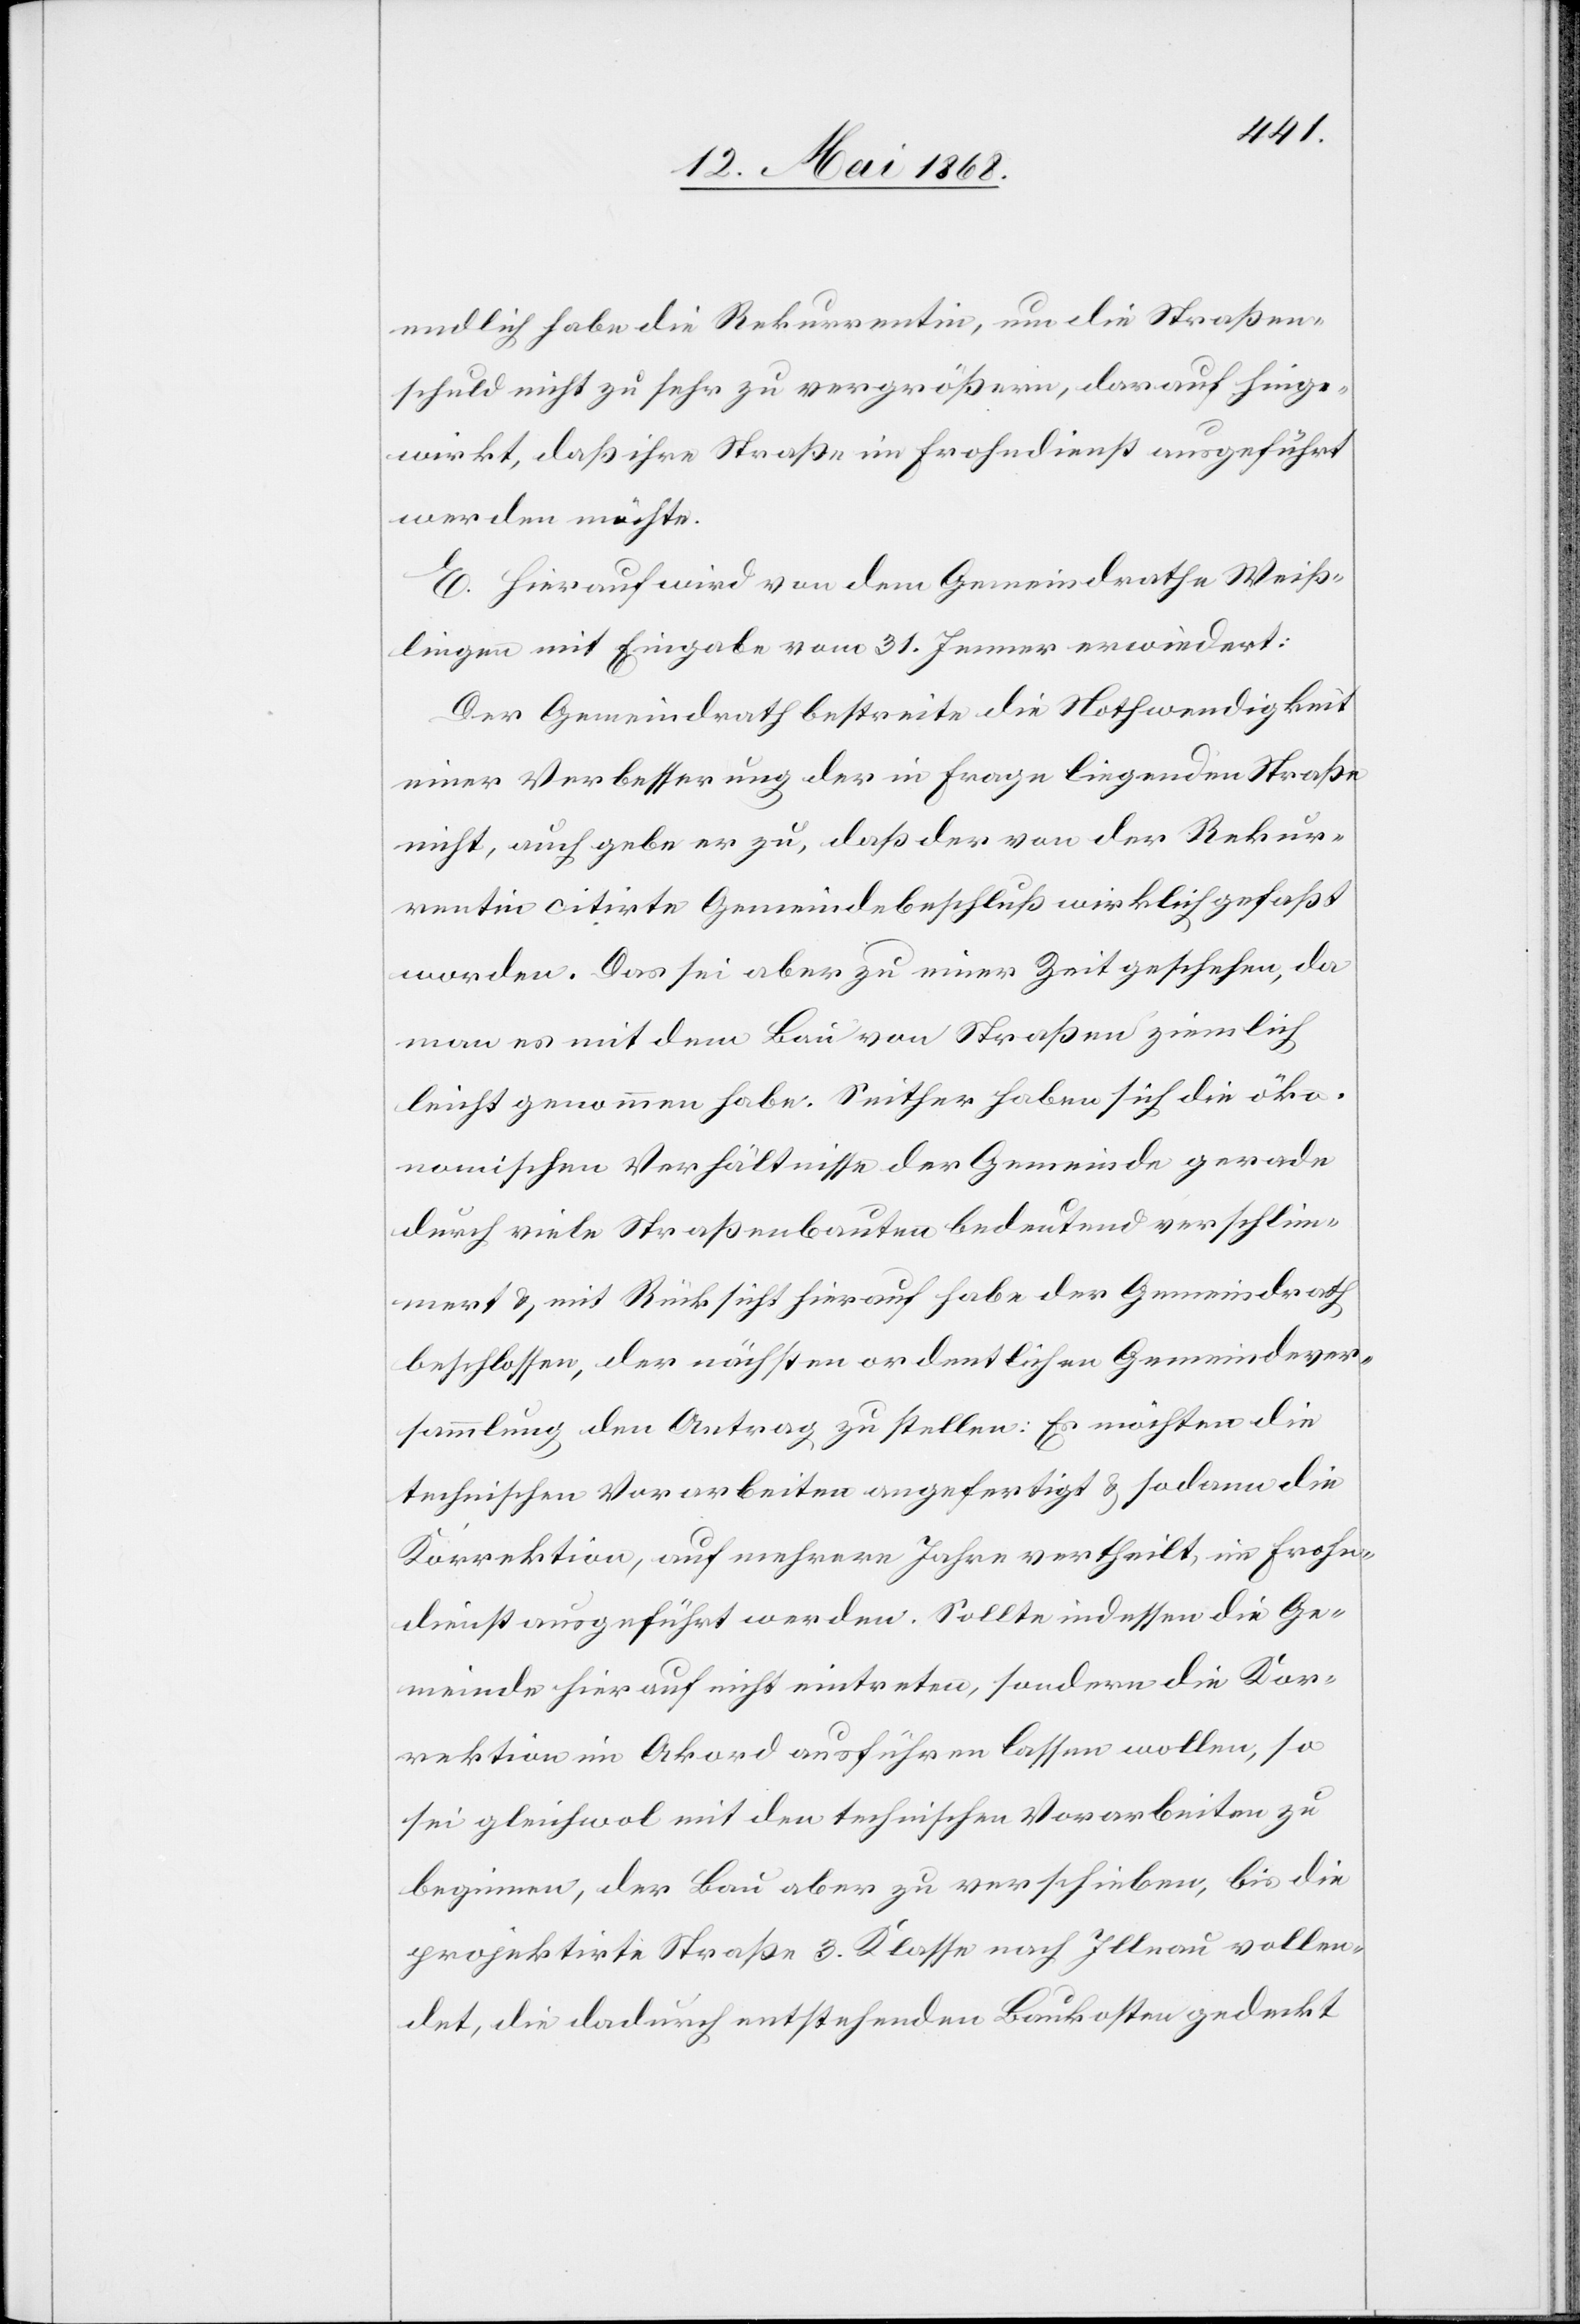
endlich habe die Rekurrentin, um die Straßen¬
schuld nicht zu sehr zu vergrößern, darauf hinge¬
wirkt, daß ihre Straße im Frohndienst ausgeführt
werden möchte.
E. Hierauf wird von dem Gemeindrathe Weiß¬
lingen mit Eingabe vom 31. Jenner erwiedert:
Der Gemeindrath bestreite die Nothwendigkeit
einer Verbesserung der in Frage liegenden Straße
nicht, auch gebe er zu, daß der von der Rekur¬
rentin citirte Gemeindebeschluß wirklich gefaßt
worden. Das sei aber zu einer Zeit geschehen, da
man es mit dem Bau von Straßen ziemlich
leicht genommen habe. Seither haben sich die öko¬
nomischen Verhältnisse der Gemeinde gerade
durch viele Straßenbauten bedeutend verschlim¬
mert & mit Rücksicht hierauf habe der Gemeindrath
beschlossen, der nächsten ordentlichen Gemeindever¬
sammlung den Antrag zu stellen: Es möchten die
technischen Vorarbeiten angefertigt & sodann die
Korrektion, auf mehrere Jahre vertheilt, im Frohn¬
dienst ausgeführt werden. Sollte indessen die Ge¬
meinde hier auf nicht eintreten, sondern die Kor¬
rektion im Akord ausführen lassen wollen, so
sei gleichwol mit den technischen Vorarbeiten zu
beginnen, der Bau aber zu verschieben, bis die
projektirte Straße 3. Klasse nach Illnau vollen¬
det, die dadurch entstehenden Baukosten gedeckt